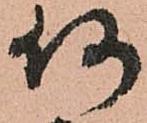
何